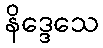
နိဒ္ဒေသေ